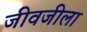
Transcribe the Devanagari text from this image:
जीवजीला